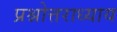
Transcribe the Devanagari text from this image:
प्रश्नोत्तराध्याय